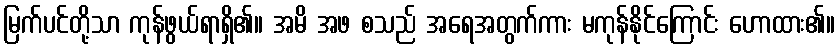
မြက်ပင်တို့သာ ကုန်ဖွယ်ရာရှိ၏။ အမိ အဖ စသည် အရေအတွက်ကား မကုန်နိုင်ကြောင်း ဟောထား၏။